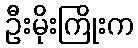
ဦးမိုးကြိုးက